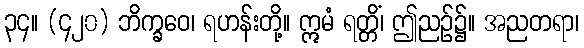
၃၄။ (၄၂၀) ဘိက္ခဝေ၊ ရဟန်းတို့။ ဣမံ ရတ္တိံ၊ ဤညဉ်၌။ အညတရာ၊